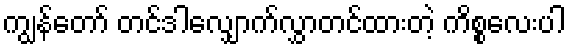
ကျွန်တော် တင်ဒါလျှောက်လွှာတင်ထားတဲ့ ကိစ္စလေးပါ